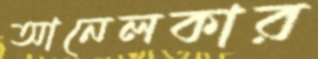
আনেলকার